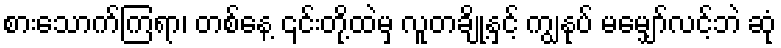
စားသောက်ကြရာ၊ တစ်နေ့ ၎င်းတို့ထဲမှ လူတချို့နှင့် ကျွနုပ် မမျှော်လင့်ဘဲ ဆုံ